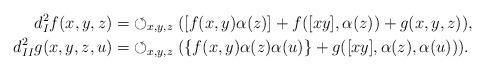
LaTeX: \begin{align*}d_I^2 f(x, y, z)=&\circlearrowleft_{x,y,z}([f(x, y)\alpha(z)]+f([xy], \alpha(z))+g(x, y, z)),\\d_{II}^2 g(x, y, z, u)=&\circlearrowleft_{x,y,z}(\{f(x, y)\alpha(z)\alpha(u)\}+g([xy], \alpha(z), \alpha(u))).\end{align*}